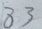
8 3